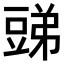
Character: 𧯪